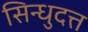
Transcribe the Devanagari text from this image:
सिन्धुदत्त